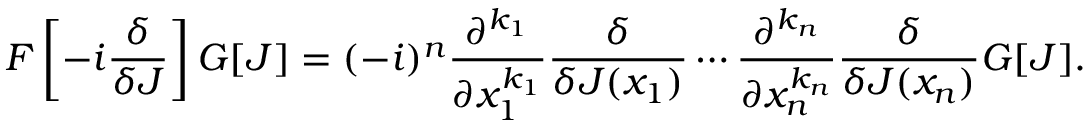
F \left[ - i { \frac { \delta } { \delta J } } \right] G [ J ] = ( - i ) ^ { n } { \frac { \partial ^ { k _ { 1 } } } { \partial x _ { 1 } ^ { k _ { 1 } } } } { \frac { \delta } { \delta J ( x _ { 1 } ) } } \cdots { \frac { \partial ^ { k _ { n } } } { \partial x _ { n } ^ { k _ { n } } } } { \frac { \delta } { \delta J ( x _ { n } ) } } G [ J ] .